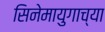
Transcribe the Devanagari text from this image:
सिनेमायुगाच्या